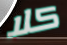
كلا